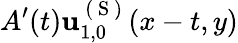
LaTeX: A^{\prime}(t)\mathbf{u}_{1,0}^{\mathrm{~(~S~)~}}(x-t,y)